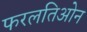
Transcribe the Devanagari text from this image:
फरलतिओन